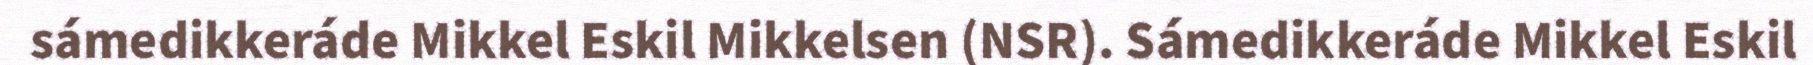
sámedikkeráde Mikkel Eskil Mikkelsen (NSR). Sámedikkeráde Mikkel Eskil